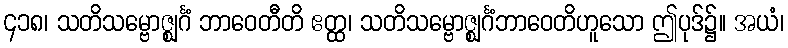
၄၁၈၊ သတိသမ္ဗောဇ္ဈင်္ဂံ ဘာဝေတီတိ ဧတ္ထ၊ သတိသမ္ဗောဇ္ဈင်္ဂံဘာဝေတိဟူသော ဤပုဒ်၌။ အယံ၊